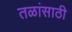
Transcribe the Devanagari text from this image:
तळांसाठी